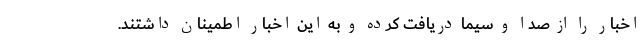
اخبار را از صدا و سیما دریافت کرده و به این اخبار اطمینان داشتند.